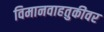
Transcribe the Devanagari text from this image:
विमानवाहतुकीवर